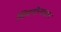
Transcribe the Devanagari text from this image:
शिमगोत्सवात